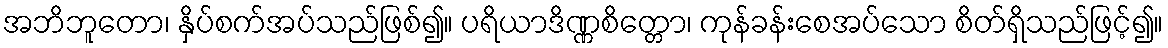
အဘိဘူတော၊ နှိပ်စက်အပ်သည်ဖြစ်၍။ ပရိယာဒိဏ္ဏစိတ္တော၊ ကုန်ခန်းစေအပ်သော စိတ်ရှိသည်ဖြင့်၍။